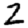
Digit: 2